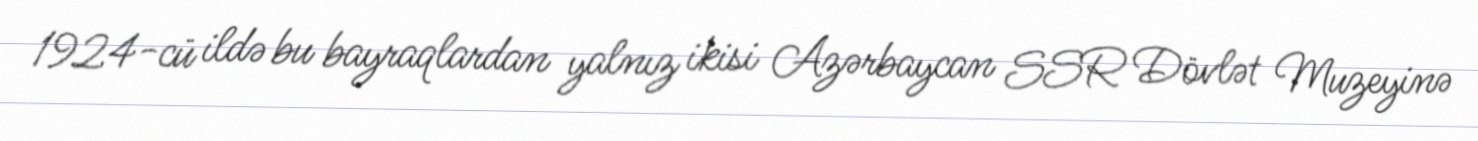
1924-cü ildə bu bayraqlardan yalnız ikisi Azərbaycan SSR Dövlət Muzeyinə